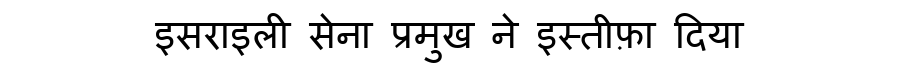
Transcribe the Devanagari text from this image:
इसराइली सेना प्रमुख ने इस्तीफ़ा दिया